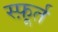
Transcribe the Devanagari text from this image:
स्फ़ूर्त